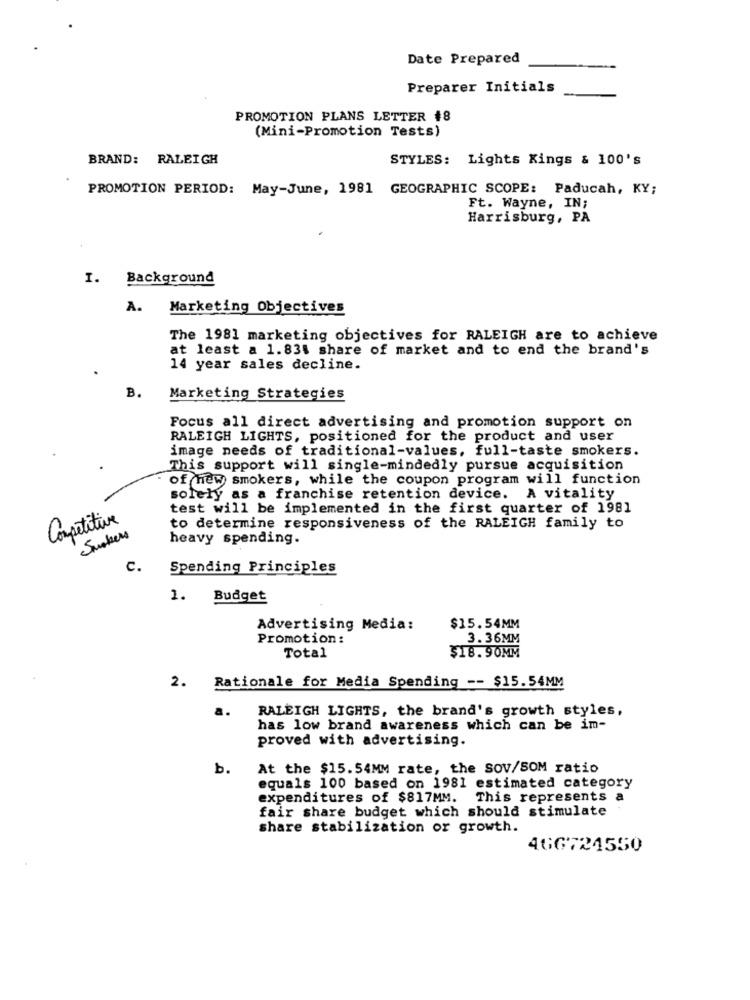
Date Prepared
Preparer Initials
PROMOTION PLANS LETTER #8
(Mini-Promotion Tests)
BRAND: RALEIGH
STYLES: Lights Kings & 100's
PROMOTION PERIOD: May-June, 1981 GEOGRAPHIC SCOPE: Paducah, KY;
Ft. Wayne, IN;
Harrisburg, PA
I. Background
A.
Marketing Objectives
The 1981 marketing objectives for RALEIGH are to achieve
at least a 1.83% share of market and to end the brand's
14 year sales decline.
B.
Marketing Strategies
Focus all direct advertising and promotion support on
RALEIGH LIGHTS, positioned for the product and user
image needs of traditional-values, full-taste smokers.
This support will single-mindedly pursue acquisition
of new smokers, while the coupon program will function
solely as a franchise retention device. A vitality
test will be implemented in the first quarter of 1981
Competitive
Smokers
to determine responsiveness of the RALEIGH family to
heavy spending.
C.
Spending Principles
1.
Budget
Advertising Media:
$15.54MM
Promotion:
3.36MM
Total
$18.90MM
2. Rationale for Media Spending -- $15.54MM
a.
RALEIGH LIGHTS, the brand's growth styles,
has low brand awareness which can be im-
proved with advertising.
b.
At the $15.54MM rate, the SOV/SOM ratio
equals 100 based on 1981 estimated category
expenditures of $817MM. This represents a
fair share budget which should stimulate
share stabilization or growth.
466724550